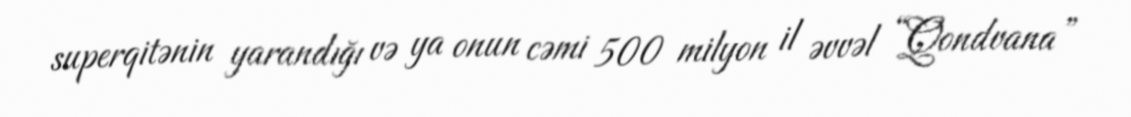
superqitənin yarandığı və ya onun cəmi 500 milyon il əvvəl “Qondvana”